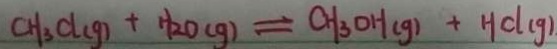
C H _ { 3 } C l _ { ( g ) } + H _ { 2 } O _ { ( g ) } \rightleftharpoons C H _ { 3 } O H _ { ( g ) } + H C l _ { ( g ) } .